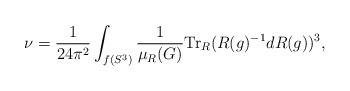
LaTeX: \begin{align*}\nu = \frac{1}{24\pi^2} \int_{f(S^3)} \frac{1}{\mu_R (G)} \mbox{Tr}_R (R(g)^{-1} d R(g))^3,\end{align*}